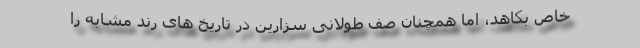
خاص بکاهد، اما همچنان صف طولانی سزارین در تاریخ های رُند مشابه را